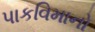
પાકવિમાનો